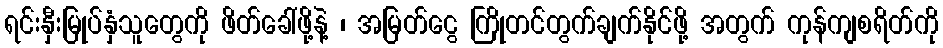
ရင်းနှီးမြုပ်နှံသူတွေကို ဖိတ်ခေါ်ဖို့နဲ့ ၊ အမြတ်ငွေ ကြိုတင်တွက်ချက်နိုင်ဖို့ အတွက် ကုန်ကျစရိတ်ကို